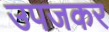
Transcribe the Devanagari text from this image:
उपजकर